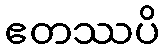
ဧတဿပိ